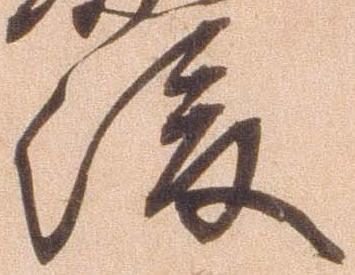
後